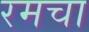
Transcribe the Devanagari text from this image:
रमचा